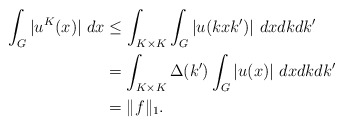
\begin{align*}\int_G |u^K(x)| \ dx& \leq \int_{K\times K} \int_G |u(kxk')| \ dxdkdk' \\& = \int_{K\times K} \Delta(k') \int_G |u(x)| \ dxdkdk' \\& = \|f\|_1.\end{align*}